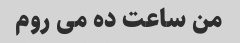
من ساعت ده می روم